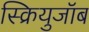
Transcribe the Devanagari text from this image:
स्क्रियुजॉब